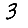
Digit: 3